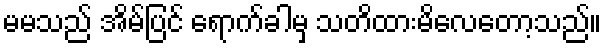
မမသည် အိမ်ပြင် ရောက်ခါမှ သတိထားမိလေတော့သည်။